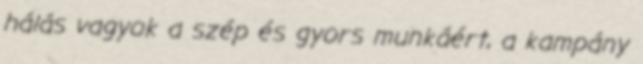
hálás vagyok a szép és gyors munkáért, a kampány